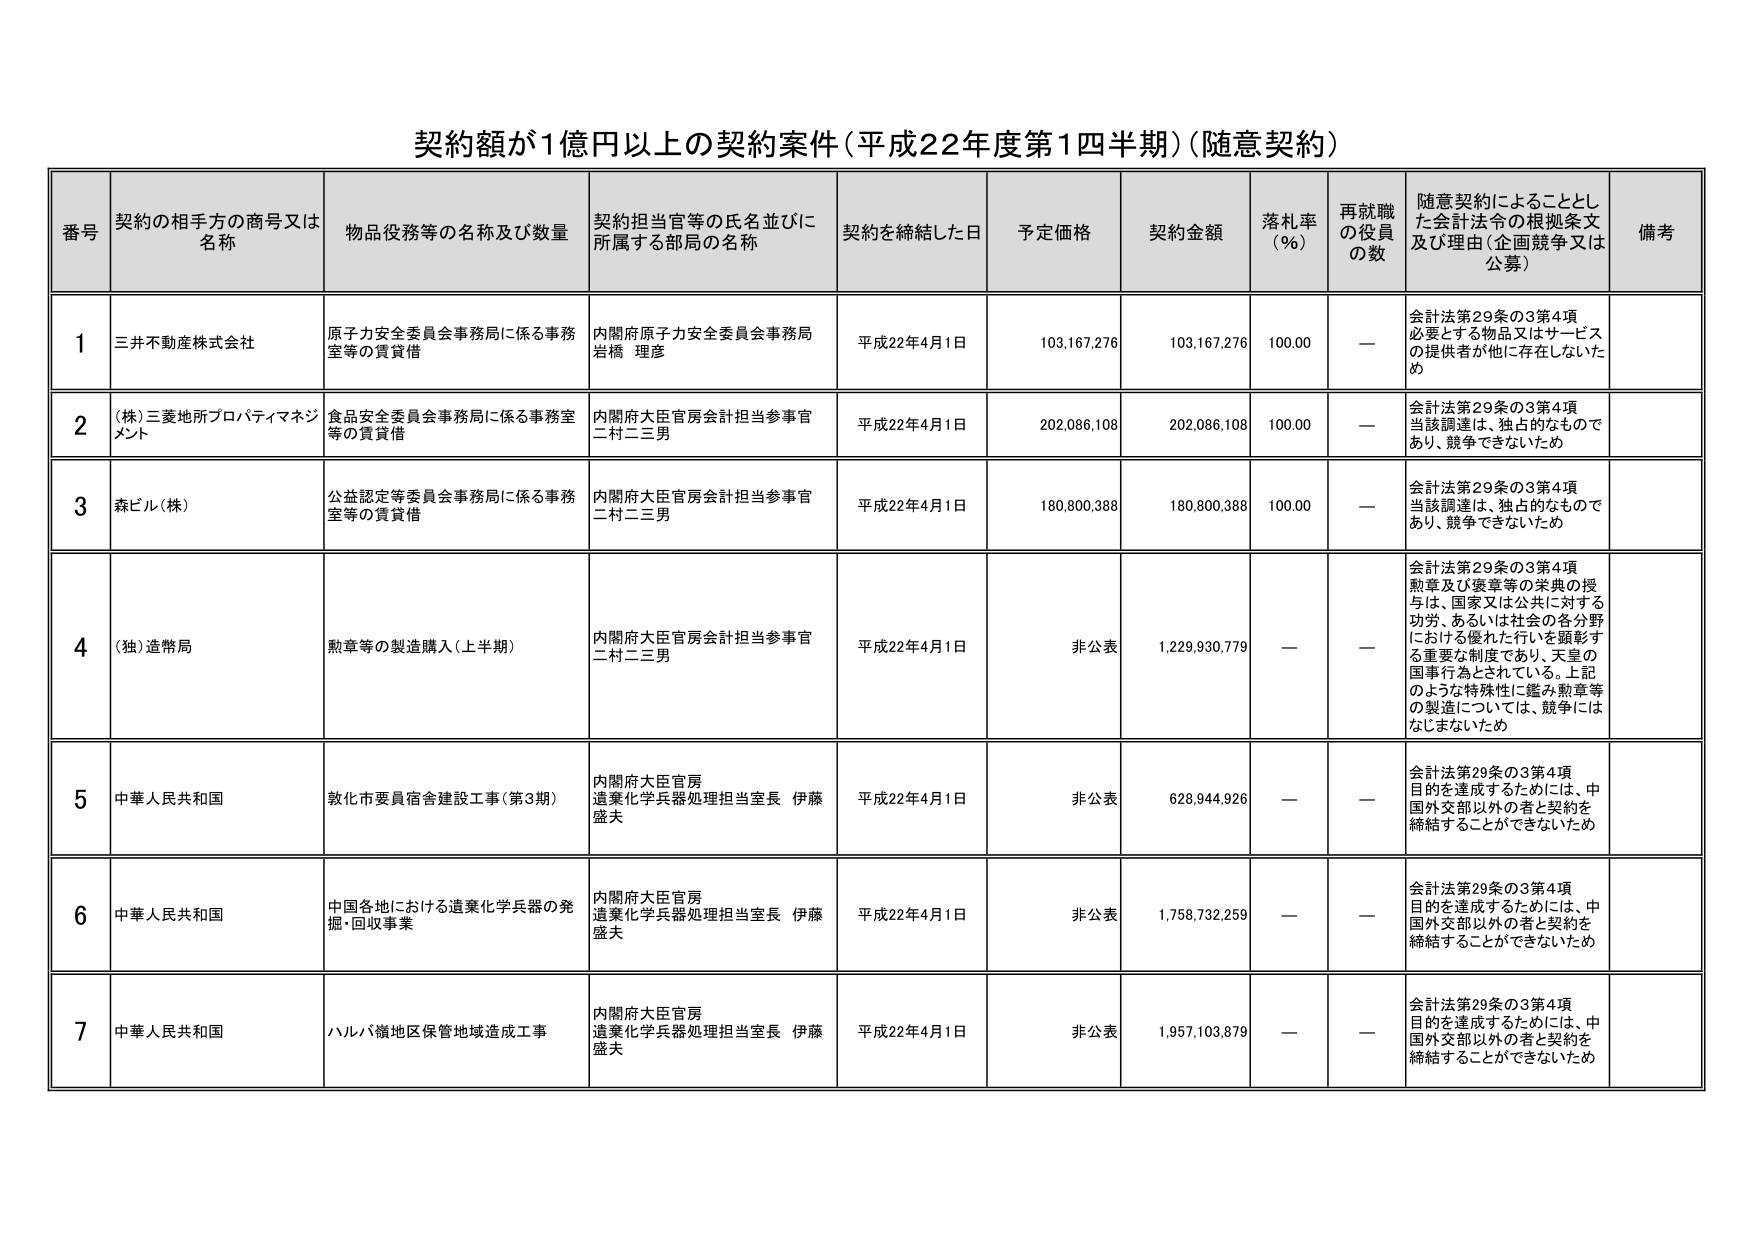
契約額が1億円以上の契約案件（平成22年度第1四半期）（随意契約）

番号　契約の相手方の商号又は名称　物品役務等の名称及び数量　契約担当官等の氏名並びに所属する部局の名称　契約を締結した日　予定価格　契約金額　落札率（％）　再就職の役員の数　随意契約によることとした会計法令の根拠条文及び理由（企画競争又は公募）　備考

1　三井不動産株式会社　原子力安全委員会事務局に係る事務室等の賃貸借　内閣府原子力安全委員会事務局 岩橋 理彦　平成22年4月1日　103,167,276　103,167,276　100.00　—　会計法第29条の3第4項 必要とする物品又はサービスの提供者が他に存在しないため

2　（株）三菱地所プロパティマネジメント　食品安全委員会事務局に係る事務室等の賃貸借　内閣府大臣官房会計担当参事官 二村二三男　平成22年4月1日　202,086,108　202,086,108　100.00　—　会計法第29条の3第4項 当該調達は、独占的なものであり、競争できないため

3　森ビル（株）　公益認定等委員会事務局に係る事務室等の賃貸借　内閣府大臣官房会計担当参事官 二村二三男　平成22年4月1日　180,800,388　180,800,388　100.00　—　会計法第29条の3第4項 当該調達は、独占的なものであり、競争できないため

4　（独）造幣局　勲章等の製造購入（上半期）　内閣府大臣官房会計担当参事官 二村二三男　平成22年4月1日　非公表　1,229,930,779　—　—　会計法第29条の3第4項 勲章及び褒章等の栄典の授与は、国家又は公共に対する功労、あるいは社会の各分野における優れた行いを顕彰する重要な制度であり、天皇の国事行為とされている。上記のような特殊性に鑑み勲章等の製造については、競争にはなじまないため

5　中華人民共和国　敦化市要員宿舎建設工事（第3期）　内閣府大臣官房 造薬化学兵器処理担当室長 伊藤盛夫　平成22年4月1日　非公表　628,944,926　—　—　会計法第29条の3第4項 目的を達成するためには、中国外交部以外の者と契約を締結することができないため

6　中華人民共和国　中国各地における造薬化学兵器の発掘・回収事業　内閣府大臣官房 造薬化学兵器処理担当室長 伊藤盛夫　平成22年4月1日　非公表　1,758,732,259　—　—　会計法第29条の3第4項 目的を達成するためには、中国外交部以外の者と契約を締結することができないため

7　中華人民共和国　ハルバ嶺地区保管地域造成工事　内閣府大臣官房 造薬化学兵器処理担当室長 伊藤盛夫　平成22年4月1日　非公表　1,957,103,879　—　—　会計法第29条の3第4項 目的を達成するためには、中国外交部以外の者と契約を締結することができないため